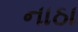
નાઠા